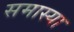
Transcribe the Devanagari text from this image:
समास्या